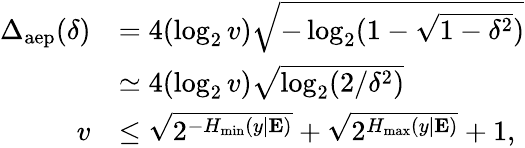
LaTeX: \begin{array}{rl}{\Delta_{\mathrm{aep}}(\delta)}&{=4(\log_{2}v)\sqrt{-\log_{2}(1-\sqrt{1-\delta^{2}})}}\\ &{\simeq 4(\log_{2}v)\sqrt{\log_{2}(2/\delta^{2})}}\\ {v}&{\leq\sqrt{2^{-H_{\operatorname*{min}}(y|\mathbf{E})}}+\sqrt{2^{H_{\operatorname*{max}}(y|\mathbf{E})}}+1,}\end{array}